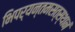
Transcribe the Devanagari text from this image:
भिपर्यन्तमसत्स्थानं